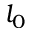
l _ { 0 }